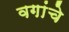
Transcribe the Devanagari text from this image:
वगांचे